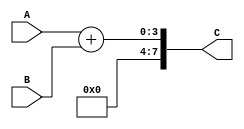
// case 1 A + B using the Verilog + operator
module operatoradd(A,B,C);
	input [3:0]A, B;
	output [7:0]C;
	assign C = {3'b000, (A+B)};
endmodule


module case1(SW, B, ALUOut);
	input [7:0]SW;
	input [3:0]B;
	output [7:0]ALUOut;
	
	operatoradd add1(.A(SW[3:0]), .B(B[3:0]), .C(ALUOut));
endmodule